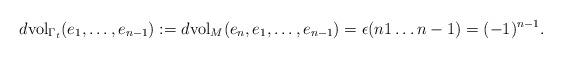
LaTeX: \begin{align*}d\textup{vol}_{\Gamma_t}(e_1,\dots, e_{n-1}):=d\textup{vol}_M(e_n,e_1,\dots, e_{n-1})=\epsilon(n 1\dots n-1)=(-1)^{n-1}.\end{align*}